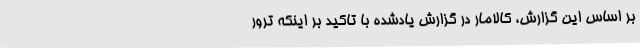
بر اساس این گزارش، کالامار در گزارش یادشده با تاکید بر اینکه ترور